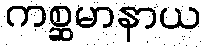
ကစ္ဆမာနာယ